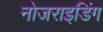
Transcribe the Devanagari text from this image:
नोजराइडिंग